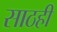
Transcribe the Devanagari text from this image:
साठही